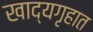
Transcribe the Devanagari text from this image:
खाद्यगृहात